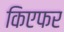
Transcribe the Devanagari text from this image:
किएफर